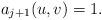
LaTeX: \begin{align*}a_{j+1}(u,v)=1.\end{align*}